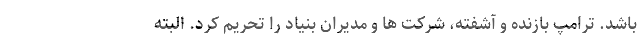
باشد. ترامپ بازنده و آشفته، شرکت ها و مدیران بنیاد را تحریم کرد. البته